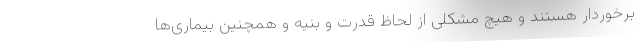
برخوردار هستند و هیچ مشکلی از لحاظ قدرت و بنیه و همچنین بیماری‌ها